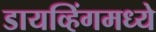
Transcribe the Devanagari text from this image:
डायव्हिंगमध्ये